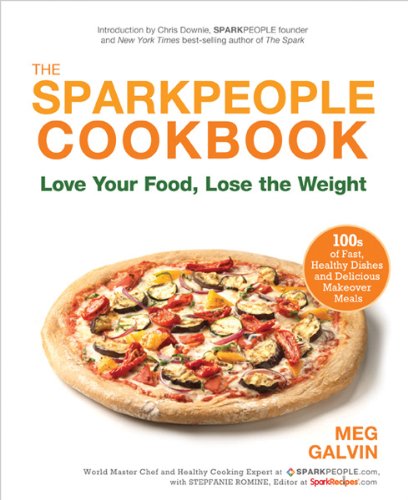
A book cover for The Sparkpeople Cookbook: Love Your Food, Lose the Weight; Meg Galvin; Health, Fitness & Dieting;